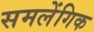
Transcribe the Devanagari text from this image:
समलेंगिक